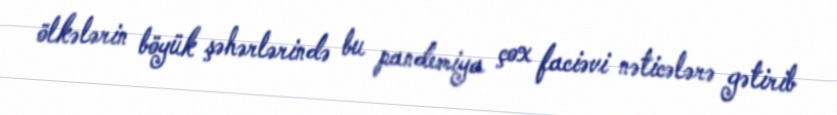
ölkələrin böyük şəhərlərində bu pandemiya çox faciəvi nəticələrə gətirib